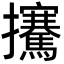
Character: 㩷